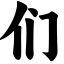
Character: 们